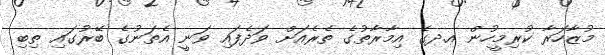
މުޒާހަރާ ކުރިމީހުން އ.ދގެ އިމާރާތުގެ ތެރެއަށް ވަދެފައި ވަނީ އެތަނުގެ ބޭރުގައި ތިބި